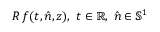
R \, f ( t , \hat { n } , z ) , ~ t \in \mathbb { R } , ~ \hat { n } \in \mathbb { S } ^ { 1 }